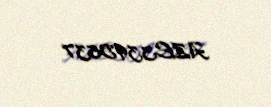
AZE3395837